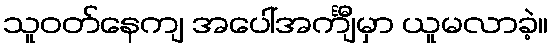
သူဝတ်နေကျ အပေါ်အင်္ကျီမှာ ယူမလာခဲ့။